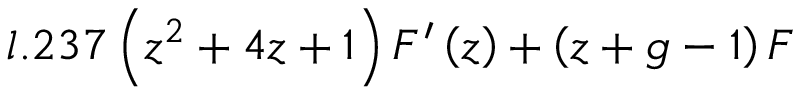
l . 2 3 7 \left( z ^ { 2 } + 4 z + 1 \right) F ^ { \prime } \left( z \right) + \left( z + g - 1 \right) F